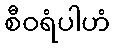
စီဝရံပါဟံ